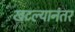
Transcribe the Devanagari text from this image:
खटल्यानंतर